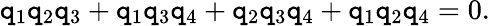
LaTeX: \mathtt{q}_{1}\mathtt{q}_{2}\mathtt{q}_{3}+\mathtt{q}_{1}\mathtt{q}_{3}\mathtt{q}_{4}+\mathtt{q}_{2}\mathtt{q}_{3}\mathtt{q}_{4}+\mathtt{q}_{1}\mathtt{q}_{2}\mathtt{q}_{4}=0.